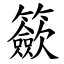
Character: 籨